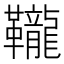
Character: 䪊